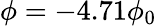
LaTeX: \phi=-4.71\phi_{0}